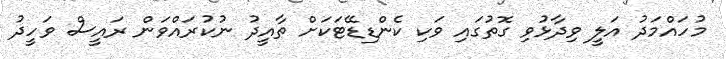
މުހައްމަދު އަލީ ވިދާޅުވި ގޮތުގައި ވަކި ކެންޑިޑޭޓަކަށް ތާއީދު ނުކުރައްވަން ރައީސް ވަހީދު